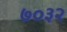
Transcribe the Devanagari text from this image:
७०३२